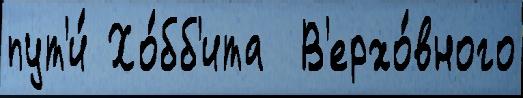
пут'и́ Хо́бб'ита  В'ерхо́вного